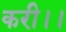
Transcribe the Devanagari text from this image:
करी।।